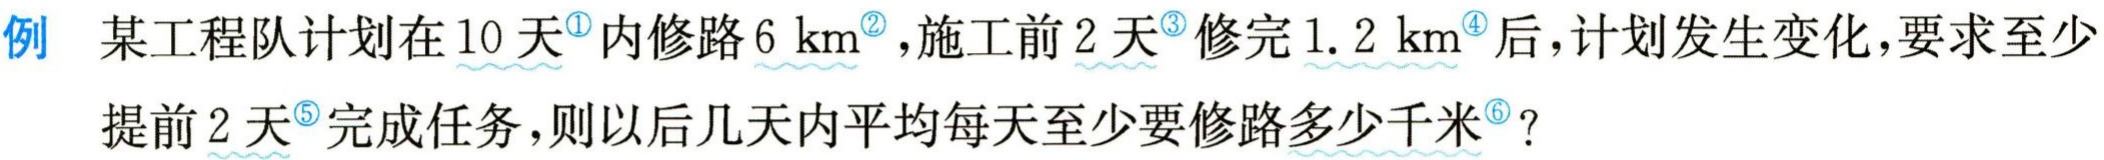
例 某工程队计划在 10 天$^{\circled{1}}$内修路 6 km$^{\circled{2}}$，施工前 2 天$^{\circled{3}}$修完 1.2 km$^{\circled{4}}$后，计划发生变化，要求至少提前 2 天$^{\circled{5}}$完成任务，则以后几天内平均每天至少要修路多少千米$^{\circled{6}}$？